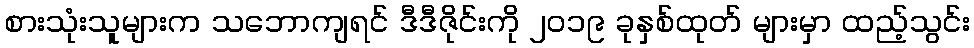
စားသုံးသူများက သဘောကျရင် ဒီဒီဇိုင်းကို ၂၀၁၉ ခုနှစ်ထုတ် များမှာ ထည့်သွင်း